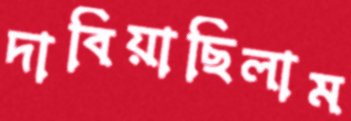
দাবিয়াছিলাম